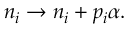
n _ { i } \rightarrow n _ { i } + p _ { i } \alpha .